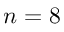
n = 8